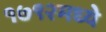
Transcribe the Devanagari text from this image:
१७९२मध्ये